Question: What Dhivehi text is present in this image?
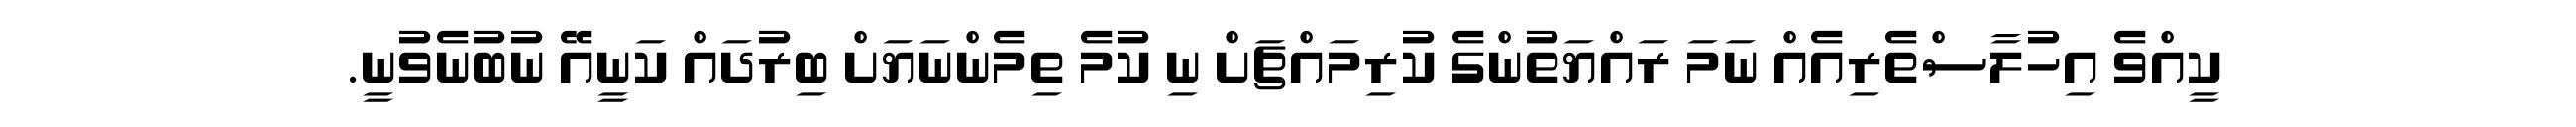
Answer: ކީއްވެ އިހުލާސްތެރިއެއް ނަމަ ރައްޔަތުންގެ ކުރިމައްޗަށް ނި ކުމެ ތިމެންނަޔަށް ބިރުދައް ކަނީއޭ ނުބުނެވުނީ.